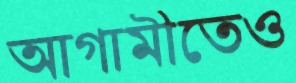
আগামীতেও